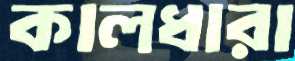
কালধারা